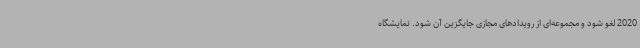
2020 لغو شود و مجموعه‌ای از رویدادهای مجازی جایگزین آن شود. نمایشگاه